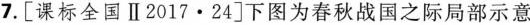
7. [课标全国Ⅱ2017·24]下图为春秋战国之际局部示意